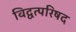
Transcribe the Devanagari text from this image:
विद्वत्परिषद